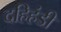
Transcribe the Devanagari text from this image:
दहिहंडी